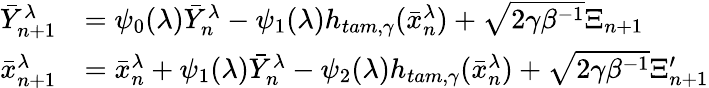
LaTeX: \begin{array}{rl}{\bar{Y}_{n+1}^{\lambda}}&{=\psi_{0}(\lambda)\bar{Y}_{n}^{\lambda}-\psi_{1}(\lambda)h_{tam,\gamma}(\bar{x}_{n}^{\lambda})+\sqrt{2\gamma\beta^{-1}}\Xi_{n+1}}\\ {\bar{x}_{n+1}^{\lambda}}&{=\bar{x}_{n}^{\lambda}+\psi_{1}(\lambda)\bar{Y}_{n}^{\lambda}-\psi_{2}(\lambda)h_{tam,\gamma}(\bar{x}_{n}^{\lambda})+\sqrt{2\gamma\beta^{-1}}\Xi_{n+1}^{\prime}}\end{array}